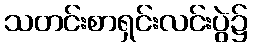
သတင်းစာရှင်းလင်းပွဲ၌